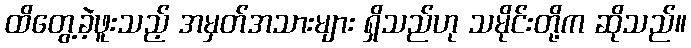
ထိတွေ့ခဲ့ဖူးသည့် အမှတ်အသားများ ရှိသည်ဟု သမိုင်းတို့က ဆိုသည်။